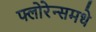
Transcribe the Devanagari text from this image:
फ्लोरेन्समधे